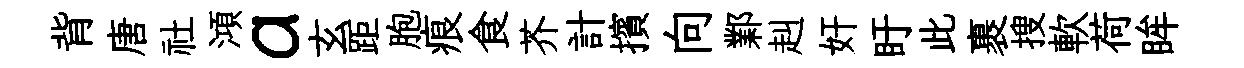
背唐社澒a玄距胞痕食芥計擯向鄴赳奸盱此裹搜軟荷眸